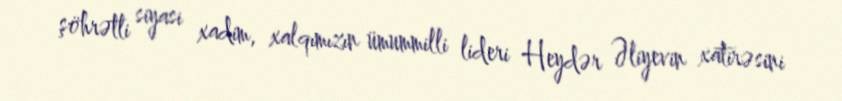
şöhrətli siyasi xadim, xalqımızın ümummilli lideri Heydər Əliyevin xatirəsini